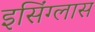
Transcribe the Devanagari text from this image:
इसिंग्लास